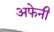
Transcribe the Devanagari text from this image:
अफेनी